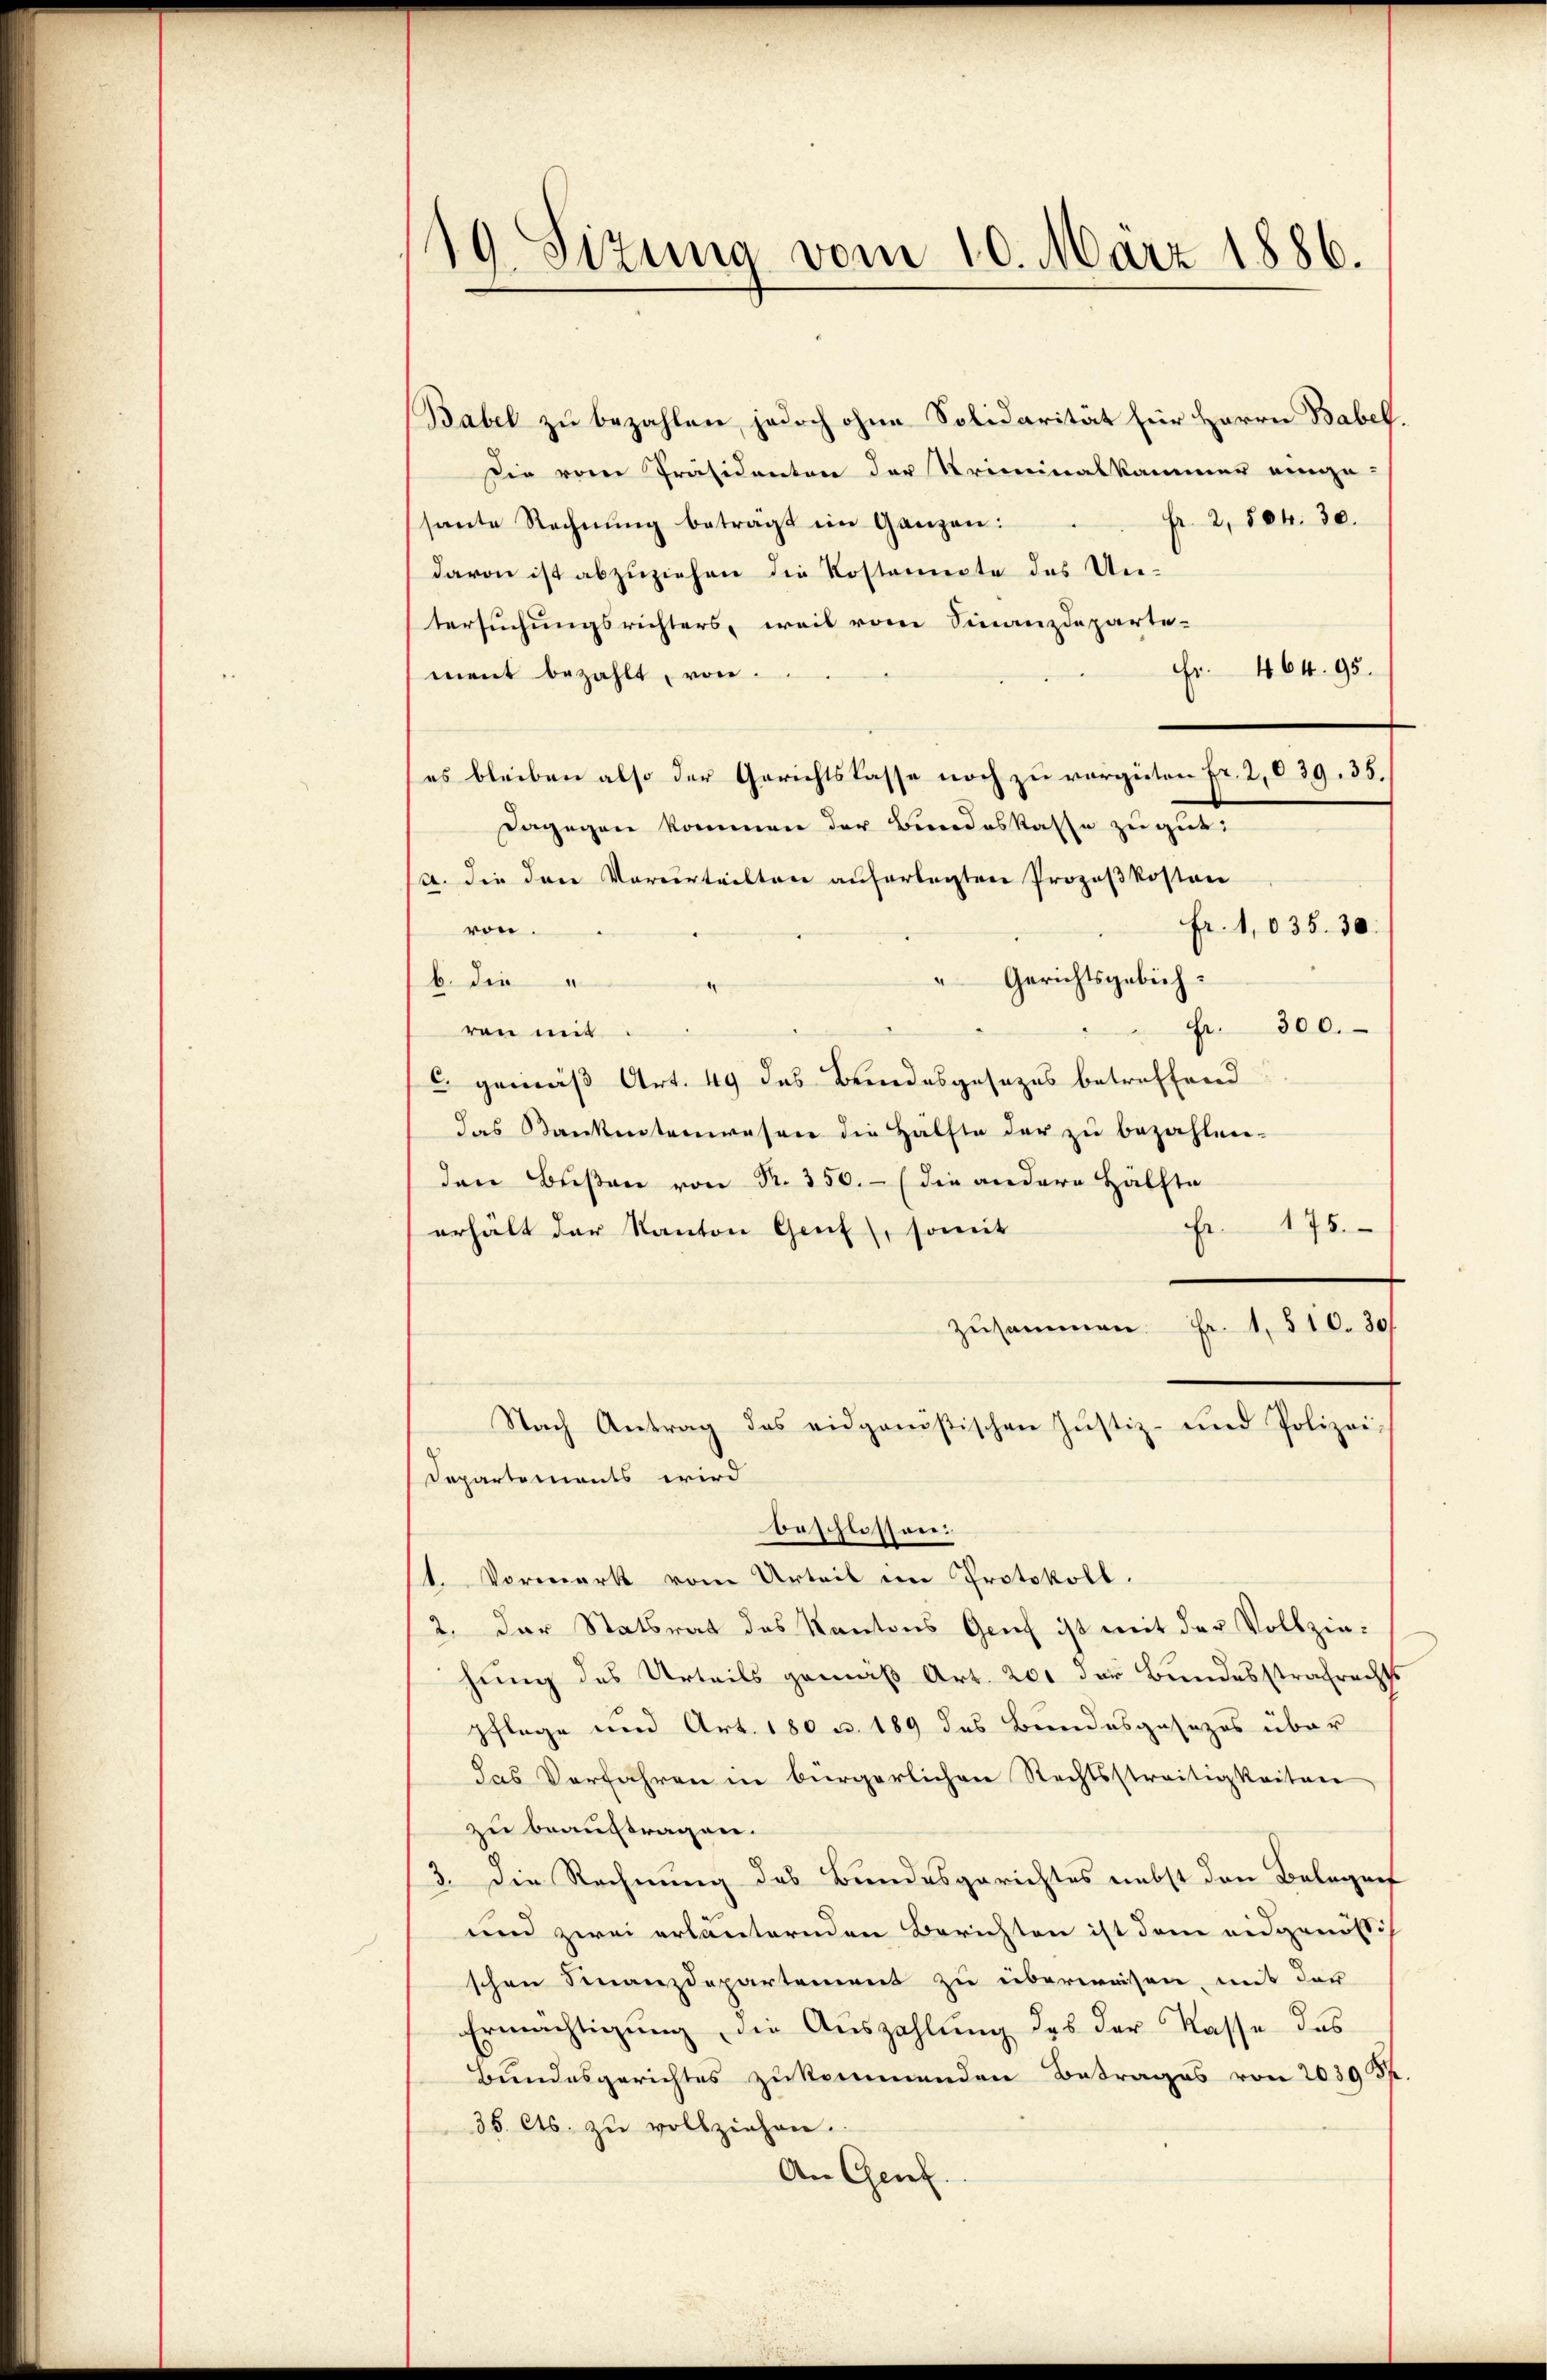
119. Sizung vom 10. März 1886.

Babel zu bezahlen, jedoch ohne Solidarität für Herrn Babel.
Die vom Präsidenten der Triminalkammer einge-
fr. 2, 804. 30.
sante Rechnung beträgt im Ganzen:
davon ist abzuziehen die Kostennote des Untersuchungsrichters, weil vom Finanzdeparte-
Fr. 464. 95.
ment bezahlt, von
es bleiben also der Gerichtskasse noch zu vergüten Fr. 2,039. 35.
Dagegen kommen der Bundeskasse zu gut.
a. Die den Vorverteilten auferlegten Prozeßkosten
fr. 1035. 30.
von.
" Gerichtsgebühb. die
Fr. 300.
von mit
C. gemäß Art. 49 das Beindesgesezes betreffend
das Bankentenwesen die Hälfte der zu bezahlrei-
den Bußen von Nr. 350.- (die andere Hälfte
Fr. 175.
erhält der Kanton Genf), somit
zusammen. Fr. 1. 510. 30
Nach Antrag des eidgenößischen Justiz- und Polizei-
Departements wird
beschlossen:
1. Vormerk vom Urteil im Protokoll.
2. Der Statsrat des Kantons Genf ist mit der Vollziehung des Urteils gemäß Art. 201 der Bundesstrafrechts
pflege und Art. 180 u. 189 des Bundesgesezes über
das Verfahren in bürgerlichen Rechtsstreitigkeiten
zu beauftragen.
3. Die Rechnung des Bundesgerichtes nebst den Belegen
und zwei erläuternden Berichten ist dem eidgenössis
schen Finanzdepartement zu überweisen, mit der
Ermächtigŭng, die Aŭszahlŭng des der Kasse des
Bundesgerichtes zukommenden Betrages von 2039 S.
35. Cts. zu vollziehen.
An Genf.